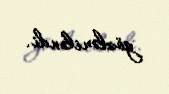
gözləniləndi.